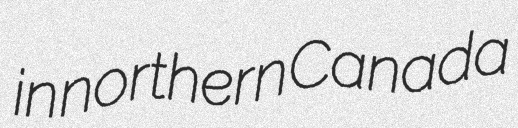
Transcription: in northern Canada